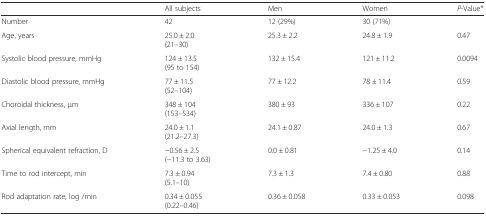
|  | All subjects | Men | Women | P-Value* |
 | --- | --- | --- | --- | --- |
 | Number | 42 | 12 (29%) | 30 (71%) |  |
 | Age, years | 25.0 ± 2.0(21–30) | 25.3 ± 2.2 | 24.8 ± 1.9 | 0.47 |
 | Systolic blood pressure, mmHg | 124 ± 13.5(95 to 154) | 132 ± 15.4 | 121 ± 11.2 | 0.0094 |
 | Diastolic blood pressure, mmHg | 77 ± 11.5(52–104) | 77 ± 12.2 | 78 ± 11.4 | 0.59 |
 | Choroidal thickness, μm | 348 ± 104(153–534) | 380 ± 93 | 336 ± 107 | 0.22 |
 | Axial length, mm | 24.0 ± 1.1(21.2–27.3) | 24.1 ± 0.87 | 24.0 ± 1.3 | 0.67 |
 | Spherical equivalent refraction, D | −0.56 ± 2.5(−11.3 to 3.63) | 0.0 ± 0.81 | −1.25 ± 4.0 | 0.14 |
 | Time to rod intercept, min | 7.3 ± 0.94(5.1–10) | 7.3 ± 1.3 | 7.4 ± 0.80 | 0.88 |
 | Rod adaptation rate, log /min | 0.34 ± 0.055(0.22–0.46) | 0.36 ± 0.058 | 0.33 ± 0.053 | 0.098 |